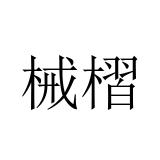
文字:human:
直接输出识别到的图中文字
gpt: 械槢